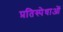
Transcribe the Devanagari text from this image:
प्रतिस्पेधाओं